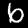
Label: 6